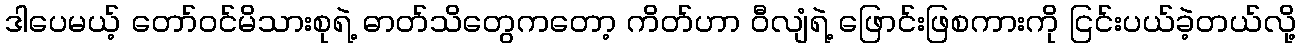
ဒါပေမယ့် တော်ဝင်မိသားစုရဲ့ ဓာတ်သိတွေကတော့ ကိတ်ဟာ ဝီလျံရဲ့ ဖြောင်းဖြစကားကို ငြင်းပယ်ခဲ့တယ်လို့